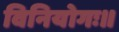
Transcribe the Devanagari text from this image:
विनियोगः॥